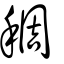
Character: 稠